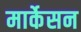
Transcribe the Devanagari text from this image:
मार्केसन